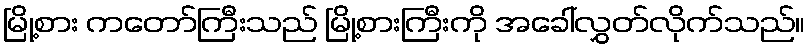
မြို့စား ကတော်ကြီးသည် မြို့စားကြီးကို အခေါ်လွှတ်လိုက်သည်။